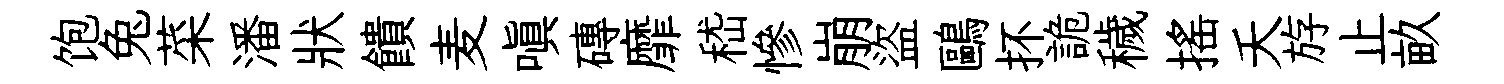
饱兔菜潘狀饋麦嗔磚靡嵇慘崩盜鷗抔詭穢摇夭斿止畝